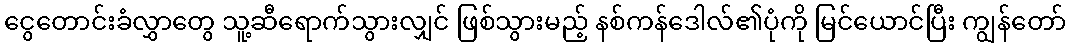
ငွေတောင်းခံလွှာတွေ သူ့ဆီရောက်သွားလျှင် ဖြစ်သွားမည့် နစ်ကန်ဒေါလ်၏ပုံကို မြင်ယောင်ပြီး ကျွန်တော်